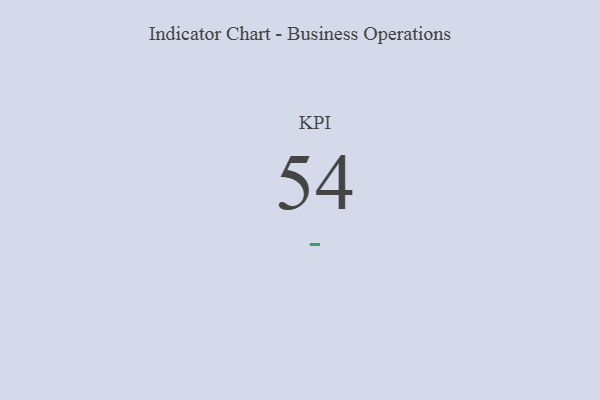
{"axis": {"x": "KPI", "y": "Value"}, "legend": [""], "data": [{"x": "KPI", "y": 54, "type": ""}]}